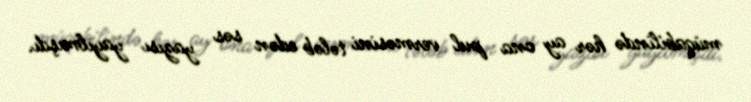
müqabilində hər ay ona pul verməsini tələb edən səs yazısı yayılmışdı.